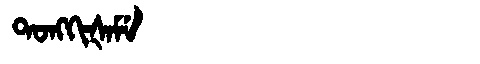
Manchu: ᡨᠣᠩᡴᡳᡧᠠᠮᡝ
Romanization: TONGKIŠAME